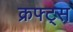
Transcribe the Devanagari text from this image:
क्रफ्ट्स